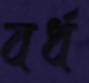
বর্ধ